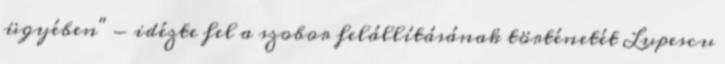
ügyében" - idézte fel a szobor felállításának történetét Lupescu